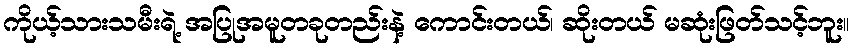
ကိုယ့်သားသမီးရဲ့ အပြုအမူတခုတည်းနဲ့ ကောင်းတယ်၊ ဆိုးတယ် မဆုံးဖြတ်သင့်ဘူး။